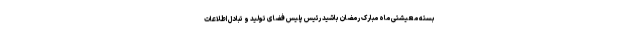
بسته معیشتی ماه مبارک رمضان باشید رئیس پلیس فضای تولید و تبادل اطلاعات